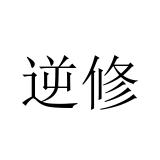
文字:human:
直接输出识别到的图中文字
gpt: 逆修